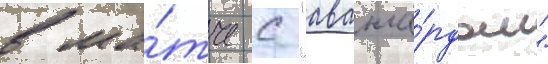
в ма́тче с "аванга́рдом"